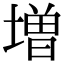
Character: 増